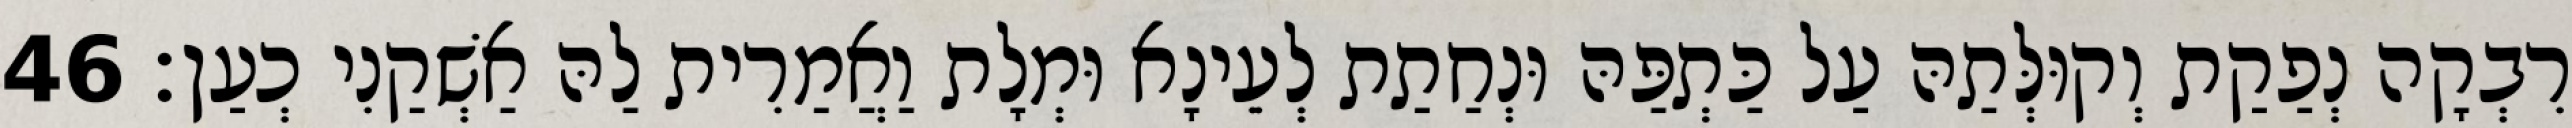
רִבְקָה נְפַקַת וְקוּלְּתַהּ עַל כַּתְפַּהּ וּנְחַתַת לְעֵינָא וּמְלָת וַאֲמַרִית לַהּ אַשְׁקַנִי כְעַן׃ 46